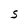
Character: S